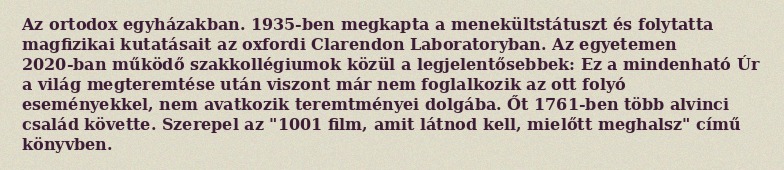
Az ortodox egyházakban. 1935-ben megkapta a menekültstátuszt és folytatta magfizikai kutatásait az oxfordi Clarendon Laboratoryban. Az egyetemen 2020-ban működő szakkollégiumok közül a legjelentősebbek: Ez a mindenható Úr a világ megteremtése után viszont már nem foglalkozik az ott folyó eseményekkel, nem avatkozik teremtményei dolgába. Őt 1761-ben több alvinci család követte. Szerepel az "1001 film, amit látnod kell, mielőtt meghalsz" című könyvben.